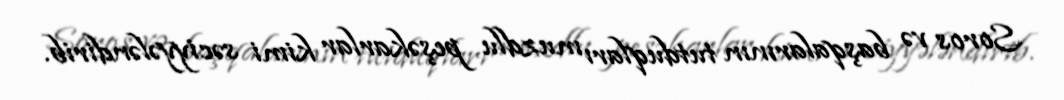
Soros və başqalarının tutduqları muzdlu peşəkarlar kimi səciyyələndirib.